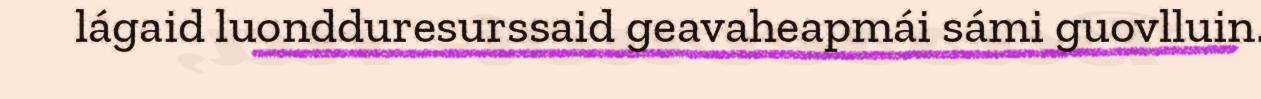
lágaid luondduresurssaid geavaheapmái sámi guovlluin.